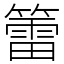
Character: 𥵉